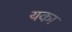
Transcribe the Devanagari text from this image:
यका